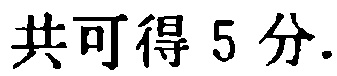
共可得 5 分.